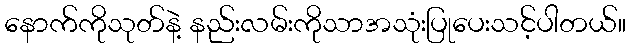
နောက်ကိုသုတ်နဲ့ နည်းလမ်းကိုသာအသုံးပြုပေးသင့်ပါတယ်။